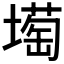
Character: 𡐺